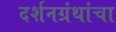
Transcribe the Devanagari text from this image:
दर्शनग्रंथांचा